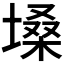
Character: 𪤌